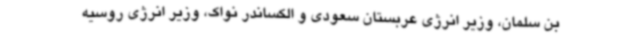
بن سلمان، وزیر انرژی عربستان سعودی و الکساندر نواک، وزیر انرژی روسیه